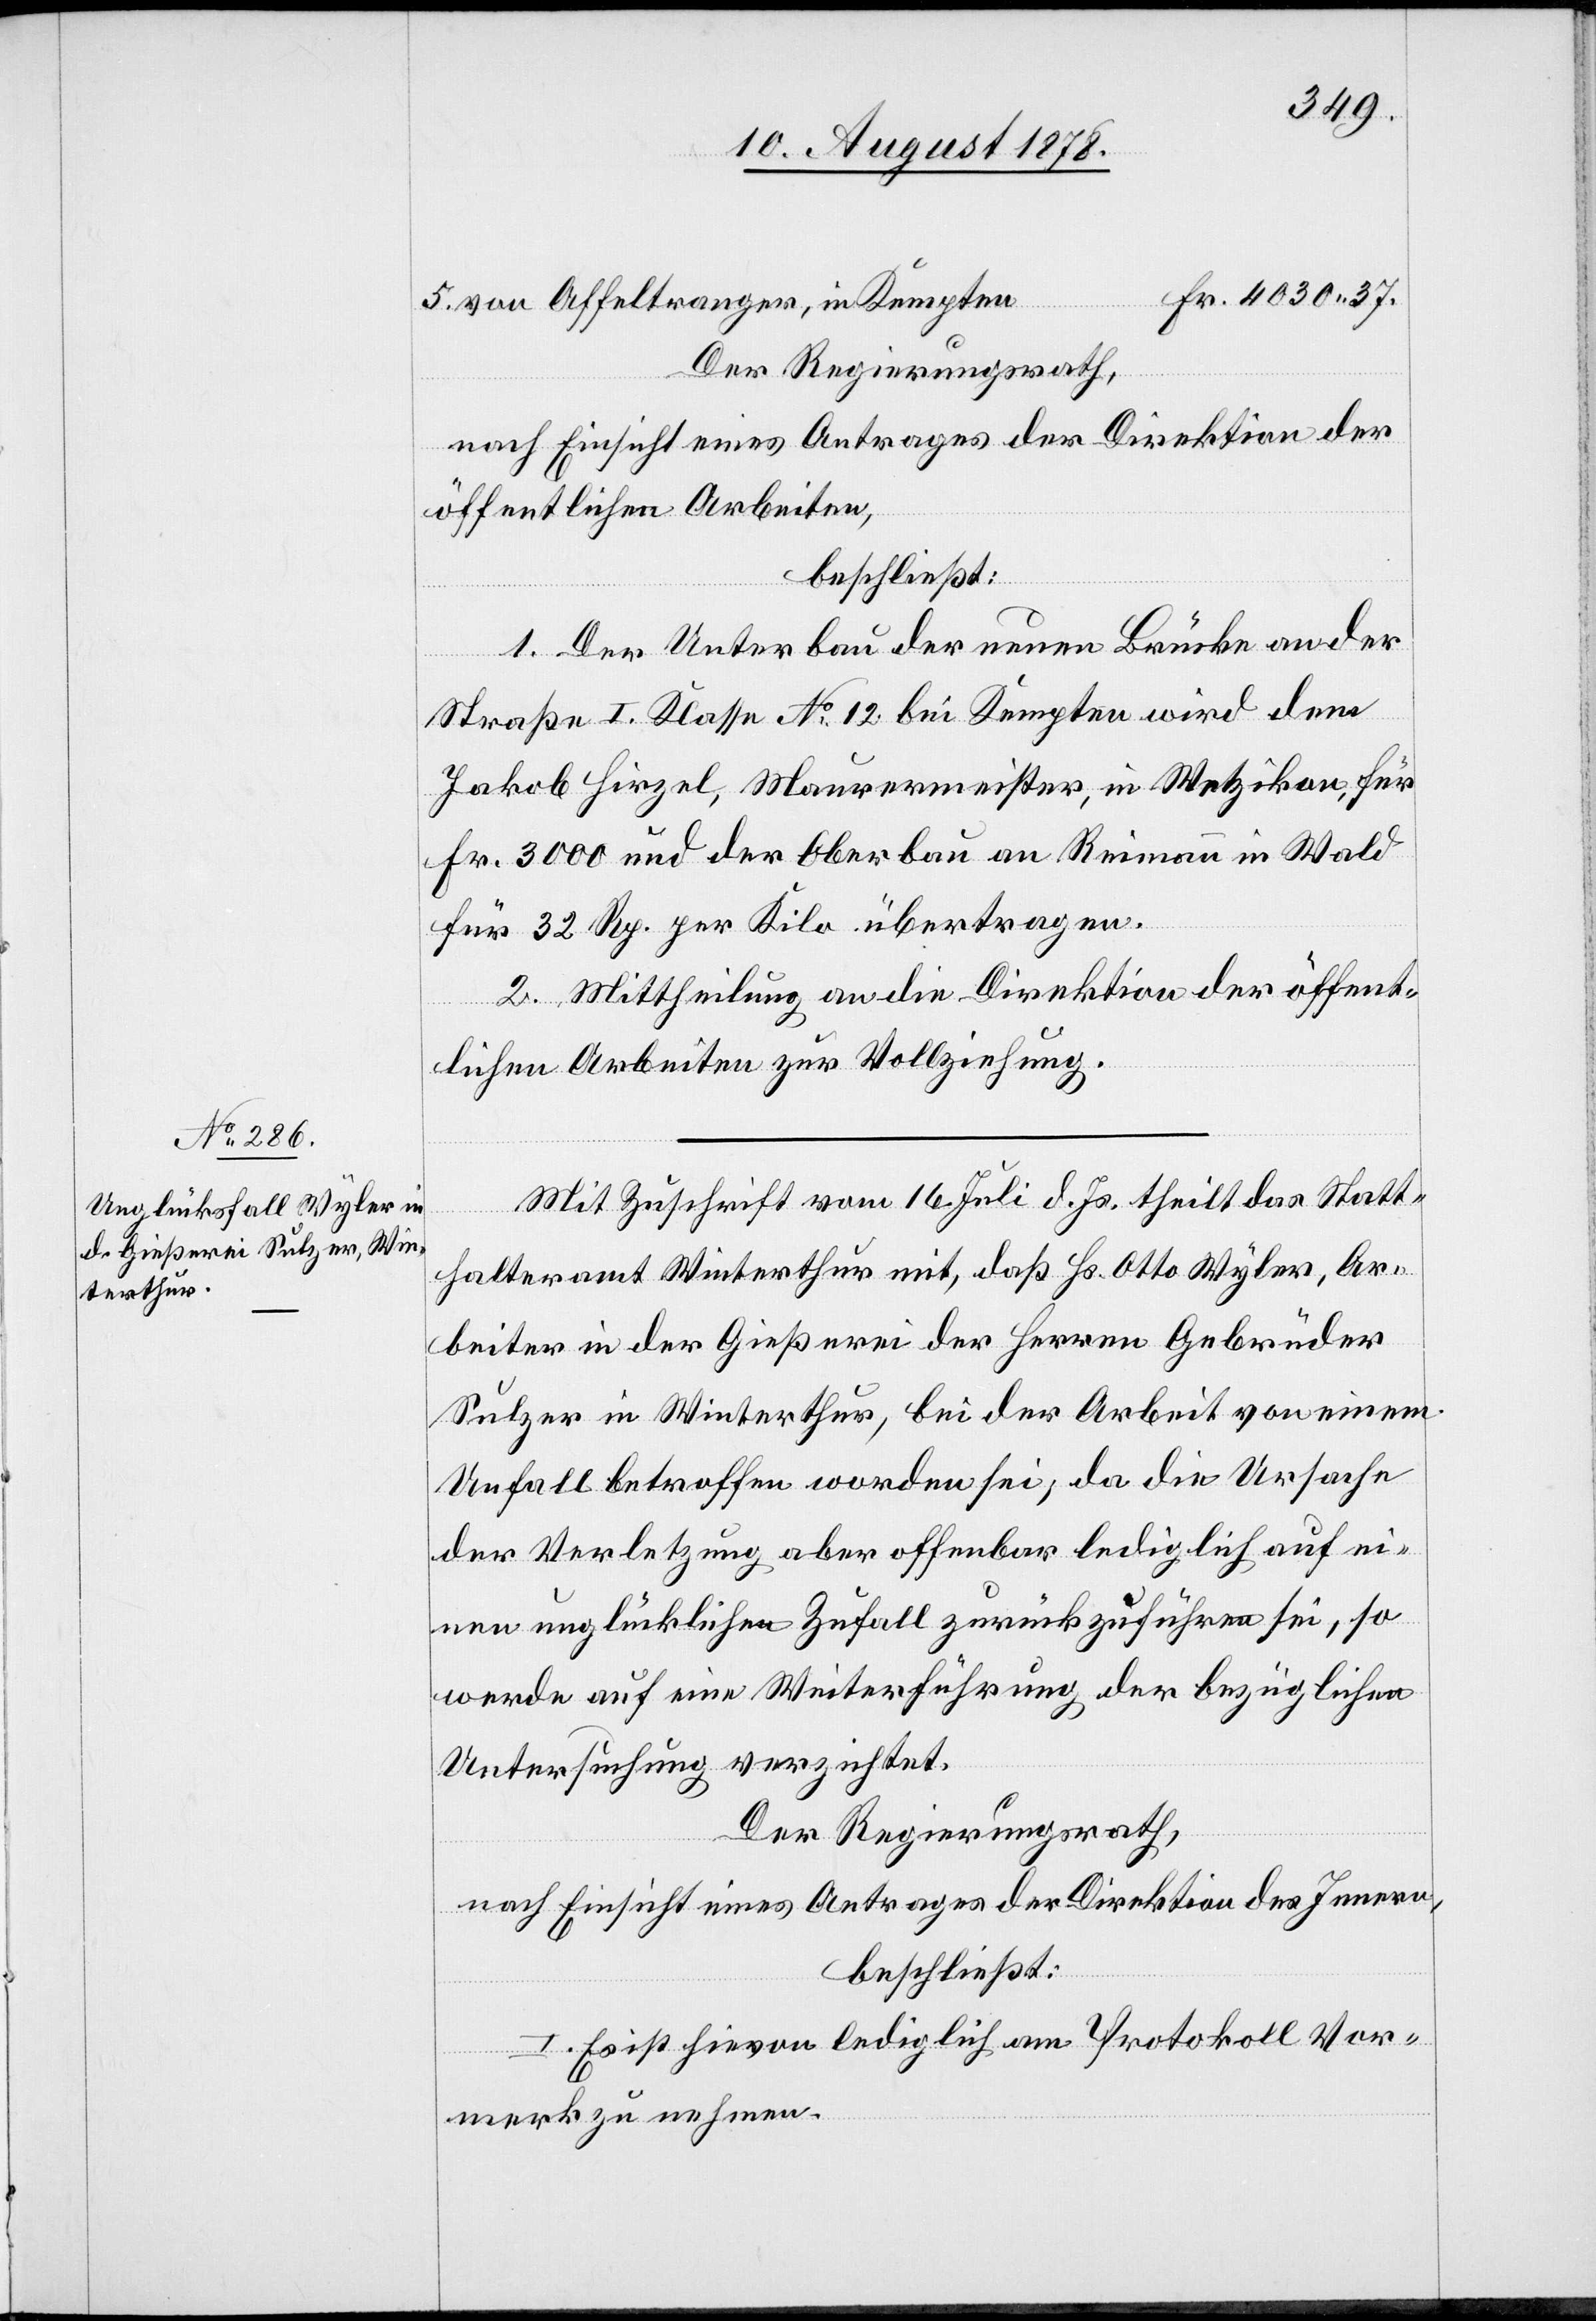
von Affeltranger, in Kempten
Der Regierungsrath,
5.
nach Einsicht eines Antrages der Direktion der
öffentlichen Arbeiten,
beschließt:
1. Der Unterbau der neuen Brücke an der
Straße I. Klasse No 12 bei Kempten wird dem
Jakob Hirzel, Maurermeister, in Wetzikon, für
Fr. 3000 und der Oberbau an Reimann in Wald
Fr.
für 32 Rp. per Kilo übertragen.
2. Mittheilung an die Direktion der öffent¬
lichen Arbeiten zur Vollziehung.
Mit Zuschrift vom 16. Juli d. Js. theilt das Statt¬
halteramt Winterthur mit, daß Hs. Otto Wyler, Ar¬
beiter in der Gießerei der Herren Gebrüder
Sulzer in Winterthur, bei der Arbeit von einem
Unfall betroffen worden sei, da die Ursache
der Verletzung aber offenbar lediglich auf ei¬
nen unglücklichen Zufall zurückzuführen sei, so
werde auf eine Weiterführung der bezüglichen
Untersuchung verzichtet.
Der Regierungsrath,
nach Einsicht eines Antrages der Direktion des Innern,
beschließt:
I. Es ist hievon lediglich am Protokoll Vor¬
merk zu nehmen.